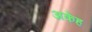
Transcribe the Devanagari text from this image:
अकेह